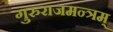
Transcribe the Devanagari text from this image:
गुरुराजमन्त्रम्